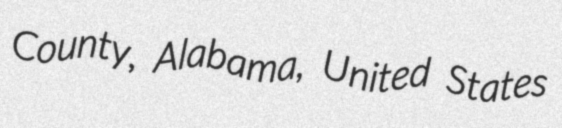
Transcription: County, Alabama, United States